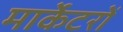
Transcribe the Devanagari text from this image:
मार्केटरों